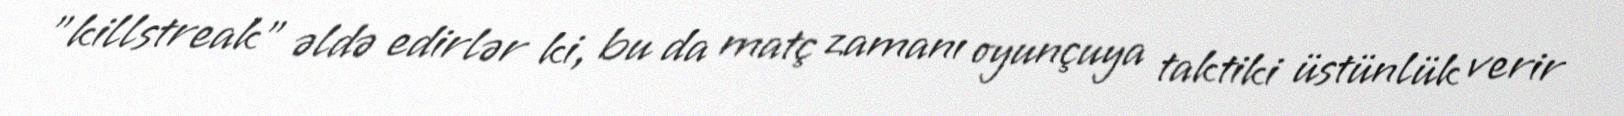
"killstreak" əldə edirlər ki, bu da matç zamanı oyunçuya taktiki üstünlük verir